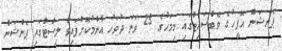
ޕެންޝަން އޮފީހުގެ ވެބްސައިޓްގައި މިމަހުގެ 25 ވަނަ ދުވަހު އާންމުކޮށްފައިވާ ލިސްޓްގައި ޕެންޝަން